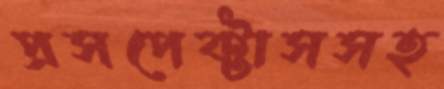
প্রসপেক্টাসসহ